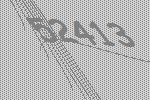
52413